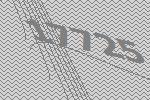
17725